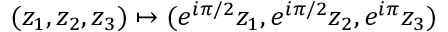
( z _ { 1 } , z _ { 2 } , z _ { 3 } ) \mapsto ( e ^ { i \pi / 2 } z _ { 1 } , e ^ { i \pi / 2 } z _ { 2 } , e ^ { i \pi } z _ { 3 } )